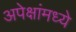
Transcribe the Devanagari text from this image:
अपेक्षांमध्ये